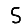
Digit: 5